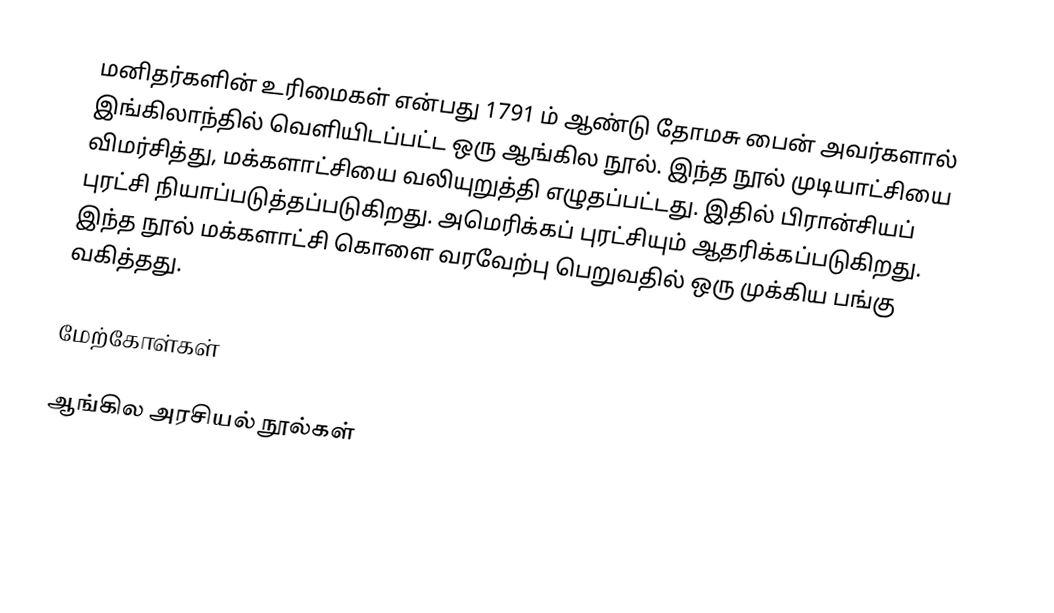
மனிதர்களின் உரிமைகள் என்பது 1791 ம் ஆண்டு தோமசு பைன் அவர்களால் இங்கிலாந்தில் வெளியிடப்பட்ட ஒரு ஆங்கில நூல். இந்த நூல் முடியாட்சியை விமர்சித்து, மக்களாட்சியை வலியுறுத்தி எழுதப்பட்டது. இதில் பிரான்சியப் புரட்சி நியாப்படுத்தப்படுகிறது. அமெரிக்கப் புரட்சியும் ஆதரிக்கப்படுகிறது. இந்த நூல் மக்களாட்சி கொளை வரவேற்பு பெறுவதில் ஒரு முக்கிய பங்கு வகித்தது.

மேற்கோள்கள்

ஆங்கில அரசியல் நூல்கள்